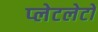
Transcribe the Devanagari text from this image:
प्‍लेटलेटों